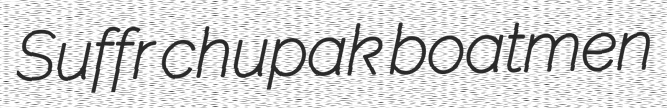
Suffr chupak boatmen